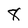
Character: 8